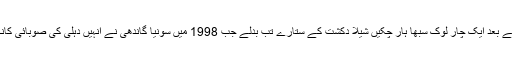
اتر پردیش میں ایک کے بعد ایک چار لوک سبھا ہار چکیں شیلا دکشت کے ستارے تب بدلے جب 1998 میں سونیا گاندھی نے انہیں دہلی کی صوبائی کانگریس کا صدر بنا دیا۔